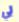
لي